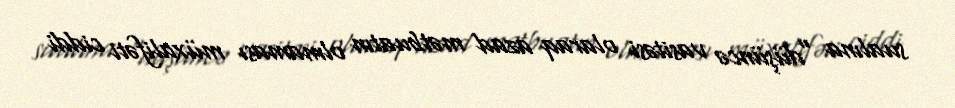
sualına "düşüncə vasitəsi olaraq azad mətbuatın olmaması müxalifəti ciddi